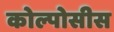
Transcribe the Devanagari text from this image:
कोल्पोसीस